Trukikaitis_Postimees, lk 8
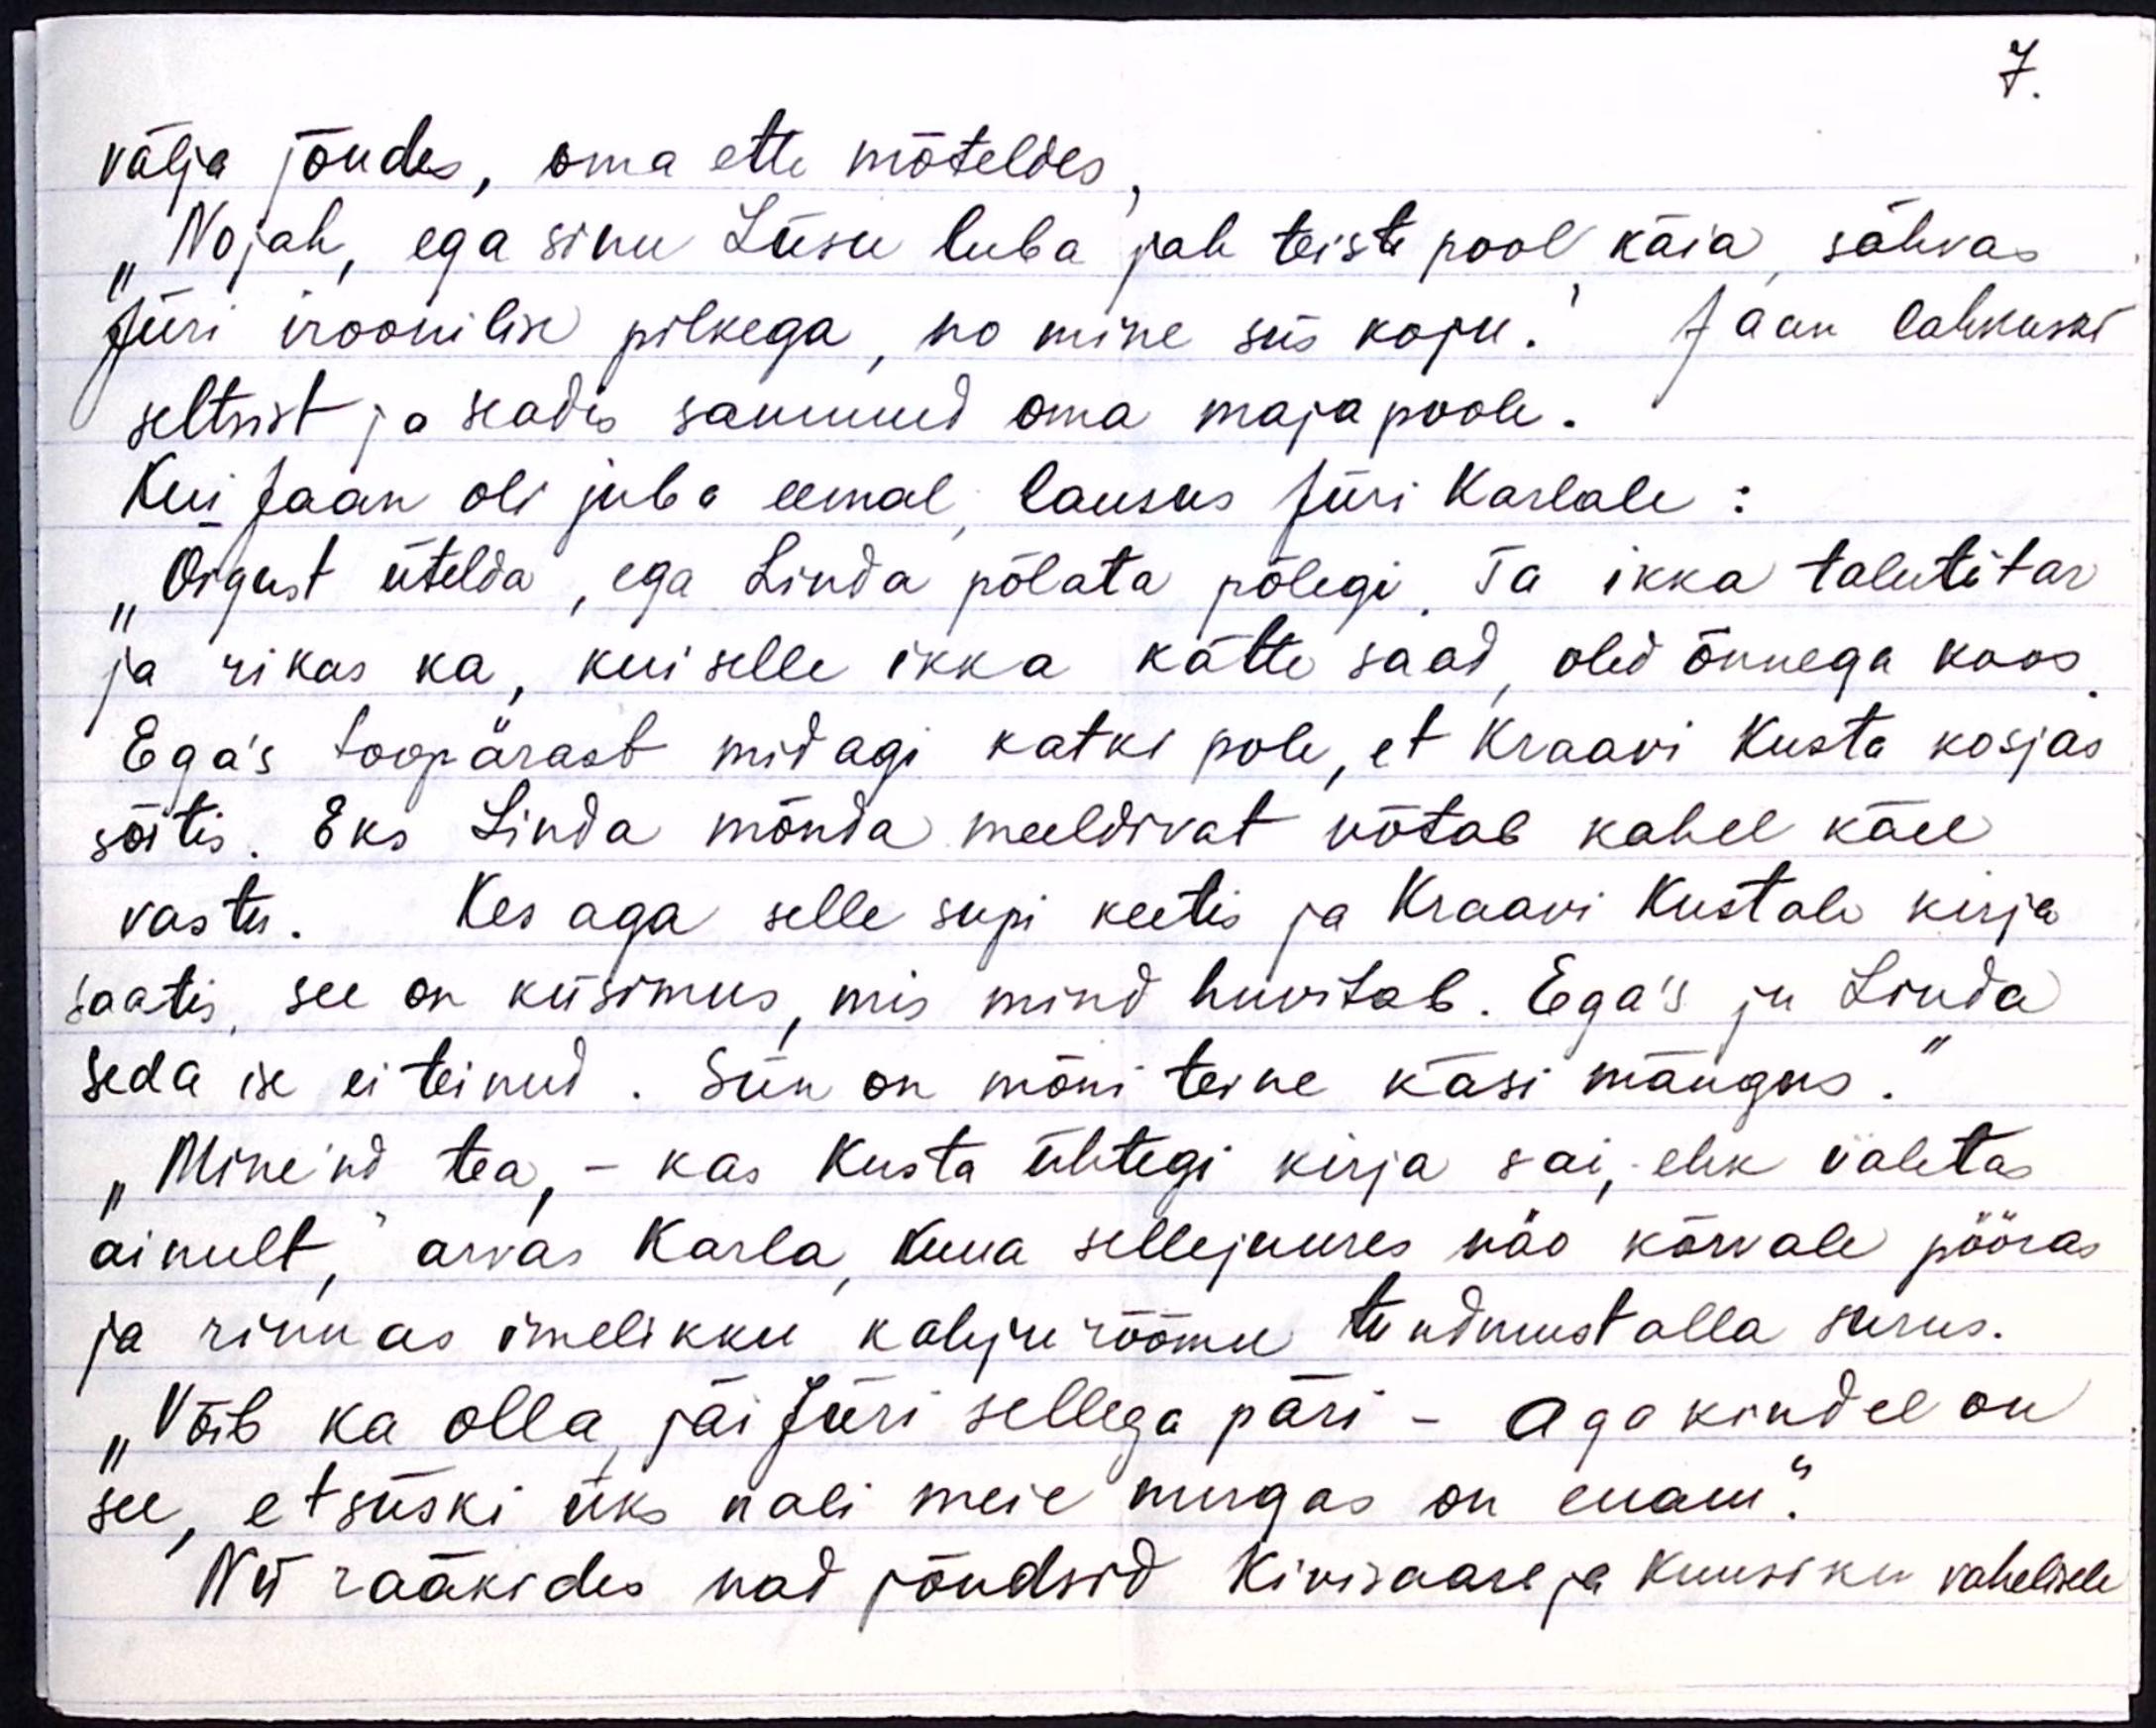
7.
välja jõudes, oma ette mõteldes,
"Nojah, ega sinu Liisu luba jah teistepool käia, sahvas
Jüri iroomilse pilkega, no mine siis koju." Jaan lahkuski
seltsist ja seadis sammud oma maja poole.
Kui Jaan oli juba eemal lausus Jüri Karlale:
"Õigust ütelda, ega Linda põlata polegi. Ta ikka talutütar
ja rikas ka, kui selle ikka kätte saad, oled õnnega koos.
Ega's toopärast midagi katki pole, et Kraavi Kusta kosjas
sõitis. Eks Linda mõnda meeldivat võtab kahel käel
vastu. Kes aga selle supi keetis ja Kraavi Kustale kirja
saatis, see on küsimus, mis mind huvitab. Egas ju Linda
seda ise ei teinud. Siin on mõni teine käsi mängus.
"Mine'nd tea, - kas Kusta ühtegi kirja sai, ehk valetas
ainult, arvas Karla kuna sellejuures näo kõrvale pööras
ja rinnas imelikku kahju rõõmu tundmust alla surus.
"Võib ka olla, jäi Jüri sellega päri - Aga kindel on
see, et siiski üks nali meie nurgas on enam."
Nii rääkides nad jõudsid Kivisaare ja Kuusiku vahelisele